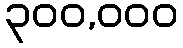
၃၀၀,၀၀၀